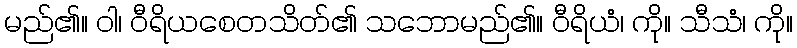
မည်၏။ ဝါ၊ ဝီရိယစေတသိတ်၏ သဘောမည်၏။ ဝီရိယံ၊ ကို။ သီသံ၊ ကို။